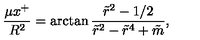
{ \frac { \mu x ^ { + } } { R ^ { 2 } } } = \arctan { \frac { \tilde { r } ^ { 2 } - 1 / 2 } { \tilde { r } ^ { 2 } - \tilde { r } ^ { 4 } + \tilde { m } } } ,